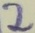
Text: 2